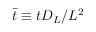
\bar { t } \equiv t { { D } _ { L } } / { { L } ^ { 2 } }